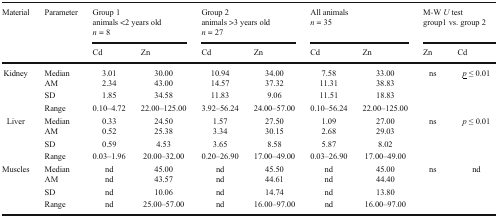
<table><thead><tr><td rowspan="2"><b>Material</b></td><td rowspan="2"><b>Parameter</b></td><td colspan="2"><b>Group 1animals &lt;2 years old<i>n</i> = 8</b></td><td colspan="2"><b>Group 2animals &gt;3 years old<i>n</i> = 27</b></td><td colspan="2"><b>All animals<i>n</i> = 35</b></td><td colspan="2"><b>M-W <i>U</i> testgroup1 vs. group 2</b></td></tr><tr><td><b>Cd</b></td><td><b>Zn</b></td><td><b>Cd</b></td><td><b>Zn</b></td><td><b>Cd</b></td><td><b>Zn</b></td><td><b>Zn</b></td><td><b>Cd</b></td></tr></thead><tbody><tr><td rowspan="4">Kidney</td><td>Median</td><td>3.01</td><td>30.00</td><td>10.94</td><td>34.00</td><td>7.58</td><td>33.00</td><td rowspan="4">ns</td><td rowspan="4"><i><underline>p</underline></i> ≤ 0.01</td></tr><tr><td>AM</td><td>2.34</td><td>43.00</td><td>14.57</td><td>37.32</td><td>11.31</td><td>38.83</td></tr><tr><td>SD</td><td>1.85</td><td>34.58</td><td>11.83</td><td>9.06</td><td>11.51</td><td>18.83</td></tr><tr><td>Range</td><td>0.10–4.72</td><td>22.00–125.00</td><td>3.92–56.24</td><td>24.00–57.00</td><td>0.10–56.24</td><td>22.00–125.00</td></tr><tr><td rowspan="4">Liver</td><td>Median</td><td>0.33</td><td>24.50</td><td>1.57</td><td>27.50</td><td>1.09</td><td>27.00</td><td rowspan="4">ns</td><td rowspan="4"><i>p</i> ≤ 0.01</td></tr><tr><td>AM</td><td>0.52</td><td>25.38</td><td>3.34</td><td>30.15</td><td>2.68</td><td>29.03</td></tr><tr><td>SD</td><td>0.59</td><td>4.53</td><td>3.65</td><td>8.58</td><td>5.87</td><td>8.02</td></tr><tr><td>Range</td><td>0.03–1.96</td><td>20.00–32.00</td><td>0.20–26.90</td><td>17.00–49.00</td><td>0.03–26.90</td><td>17.00–49.00</td></tr><tr><td rowspan="4">Muscles</td><td>Median</td><td>nd</td><td>45.00</td><td>nd</td><td>45.50</td><td>nd</td><td>45.00</td><td rowspan="4">ns</td><td rowspan="4">nd</td></tr><tr><td>AM</td><td>nd</td><td>43.57</td><td>nd</td><td>44.61</td><td>nd</td><td>44.40</td></tr><tr><td>SD</td><td>nd</td><td>10.06</td><td>nd</td><td>14.74</td><td>nd</td><td>13.80</td></tr><tr><td>Range</td><td>nd</td><td>25.00–57.00</td><td>nd</td><td>16.00–97.00</td><td>nd</td><td>16.00–97.00</td></tr></tbody></table>